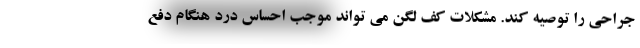
جراحی را توصیه کند. مشکلات کف لگن می تواند موجب احساس درد هنگام دفع